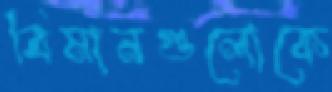
বিমানগুলোকে